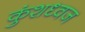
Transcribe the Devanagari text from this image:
कुंशध्वज